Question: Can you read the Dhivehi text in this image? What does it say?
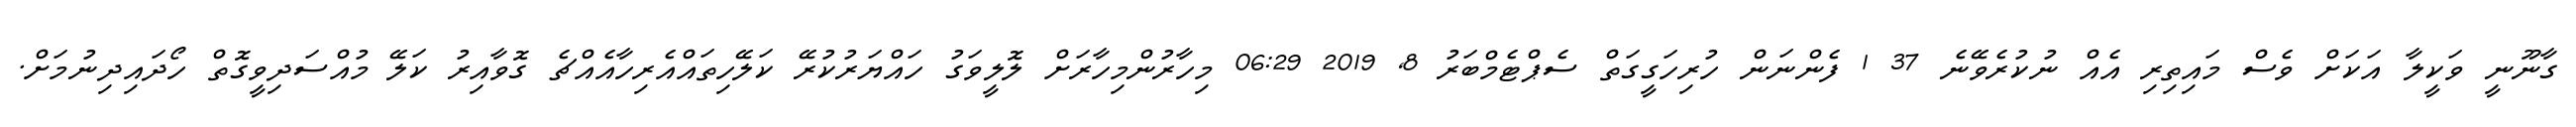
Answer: ގާނޫނީ ވަކީލާ އަކަށް ވެސް މައިތިރި އެއް ނުކުރެވޭނެ 37 1 ފެންނަން ހުރިހަގީގަތް ސެޕްޓެމްބަރު 8, 2019 06:29 މިހާރުންމިހާރަށް ލޮލީވަގު ހައްޔަރުކުރޭ ކަލޭހިތައްއެރިހާއެއްޗެ ގޮވާއިރު ކަލޭ މުއްސަދިވީގޮތް ހޯދައިދިނުމަށް.